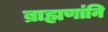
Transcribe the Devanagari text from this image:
ब्राह्मणांनि